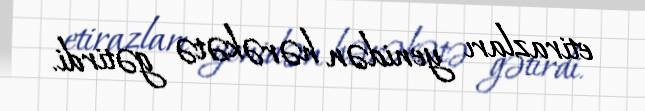
etirazları yenidən hərəkətə gətirdi.